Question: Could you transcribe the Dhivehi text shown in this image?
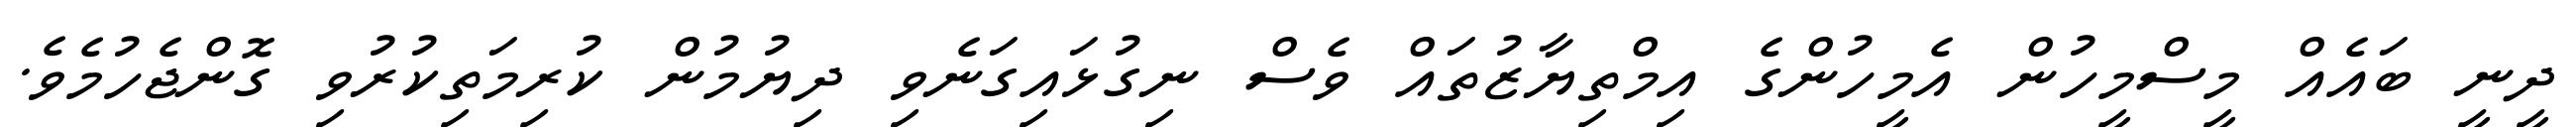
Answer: ދީނީ ބައެއް މީސްމީހުން އެމީހުންގެ އިމްތިޔާޒުތައް ވެސް ނިގުޅައިގަނެވި ދިޔުމުން ކުރިމަތިކުރުވި ގޮންޖެހުމެވެ.